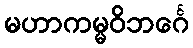
မဟာကမ္မဝိဘင်္ဂေ